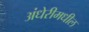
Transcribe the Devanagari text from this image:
अंधेरीमधील